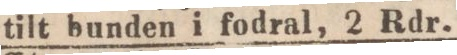
tilt bunden i fodral, 2 Rdr.